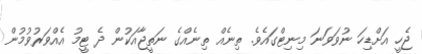
ޖެހީ އަށްޑިހަ ނުވަވަނަ މިނިޓްގައެވެ. ތިނެއް ތިނެއްގެ ނަތީޖާއަކުން ދެ ޓީމު އެއްވަރުވުމުން